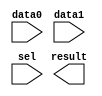
// megafunction wizard: %LPM_MUX%VBB%
// GENERATION: STANDARD
// VERSION: WM1.0
// MODULE: lpm_mux 

// ============================================================
// Megafunction Name(s):
// 			lpm_mux
//
// Simulation Library Files(s):
// 			lpm
// ============================================================
// ************************************************************
// THIS IS A WIZARD-GENERATED FILE. DO NOT EDIT THIS FILE!
//
// 9.1 Build 222 10/21/2009 SJ Full Version
// ************************************************************

//Copyright (C) 1991-2009 Altera Corporation
//Your use of Altera Corporation's design tools, logic functions 
//and other software and tools, and its AMPP partner logic 
//functions, and any output files from any of the foregoing 
//(including device programming or simulation files), and any 
//associated documentation or information are expressly subject 
//to the terms and conditions of the Altera Program License 
//Subscription Agreement, Altera MegaCore Function License 
//Agreement, or other applicable license agreement, including, 
//without limitation, that your use is for the sole purpose of 
//programming logic devices manufactured by Altera and sold by 
//Altera or its authorized distributors.  Please refer to the 
//applicable agreement for further details.

module CLK_Mux (
	data0,
	data1,
	sel,
	result);

	input	  data0;
	input	  data1;
	input	  sel;
	output	  result;

endmodule

// ============================================================
// CNX file retrieval info
// ============================================================
// Retrieval info: PRIVATE: INTENDED_DEVICE_FAMILY STRING "Cyclone III"
// Retrieval info: PRIVATE: SYNTH_WRAPPER_GEN_POSTFIX STRING "0"
// Retrieval info: CONSTANT: LPM_SIZE NUMERIC "2"
// Retrieval info: CONSTANT: LPM_TYPE STRING "LPM_MUX"
// Retrieval info: CONSTANT: LPM_WIDTH NUMERIC "1"
// Retrieval info: CONSTANT: LPM_WIDTHS NUMERIC "1"
// Retrieval info: USED_PORT: data0 0 0 0 0 INPUT NODEFVAL data0
// Retrieval info: USED_PORT: data1 0 0 0 0 INPUT NODEFVAL data1
// Retrieval info: USED_PORT: result 0 0 0 0 OUTPUT NODEFVAL result
// Retrieval info: USED_PORT: sel 0 0 0 0 INPUT NODEFVAL sel
// Retrieval info: CONNECT: result 0 0 0 0 @result 0 0 1 0
// Retrieval info: CONNECT: @data 0 0 1 1 data1 0 0 0 0
// Retrieval info: CONNECT: @data 0 0 1 0 data0 0 0 0 0
// Retrieval info: CONNECT: @sel 0 0 1 0 sel 0 0 0 0
// Retrieval info: LIBRARY: lpm lpm.lpm_components.all
// Retrieval info: GEN_FILE: TYPE_NORMAL CLK_Mux.v TRUE
// Retrieval info: GEN_FILE: TYPE_NORMAL CLK_Mux.inc TRUE
// Retrieval info: GEN_FILE: TYPE_NORMAL CLK_Mux.cmp TRUE
// Retrieval info: GEN_FILE: TYPE_NORMAL CLK_Mux.bsf TRUE
// Retrieval info: GEN_FILE: TYPE_NORMAL CLK_Mux_inst.v TRUE
// Retrieval info: GEN_FILE: TYPE_NORMAL CLK_Mux_bb.v TRUE
// Retrieval info: LIB_FILE: lpm